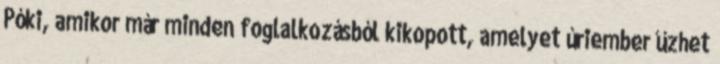
Póki, amikor már minden foglalkozásból kikopott, amelyet úriember űzhet